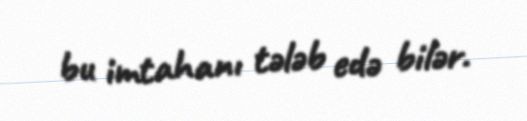
bu imtahanı tələb edə bilər.